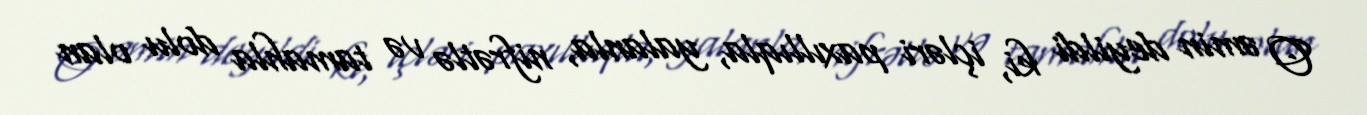
O əmin deyildi ki, içləri paxıllıqla, yalanla, nifrətlə və tamahla dolu olan